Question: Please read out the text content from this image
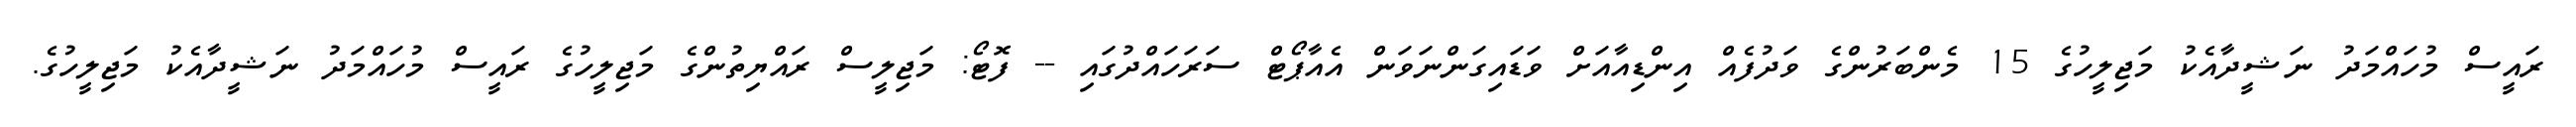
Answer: ރައީސް މުހައްމަދު ނަޝީދާއެކު މަޖިލީހުގެ 15 މެންބަރުންގެ ވަދުފެއް އިންޑިއާއަށް ވަޑައިގަންނަވަން އެއާޕޯޓް ސަރަހައްދުގައި -- ފޮޓޯ: މަޖިލީސް ރައްޔިތުންގެ މަޖިލީހުގެ ރައީސް މުހައްމަދު ނަޝީދާއެކު މަޖިލީހުގެ.